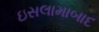
ઇસલામાબાદ